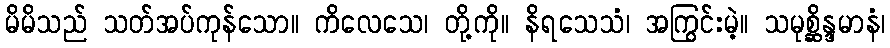
မိမိသည် သတ်အပ်ကုန်သော။ ကိလေသေ၊ တို့ကို။ နိရသေသံ၊ အကြွင်းမဲ့။ သမုစ္ဆိန္ဒမာနံ၊